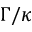
\Gamma / \kappa